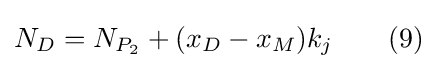
N_{D}=N_{P_{2}}+(x_{D}-x_{M})k_{j}\qquad (9)